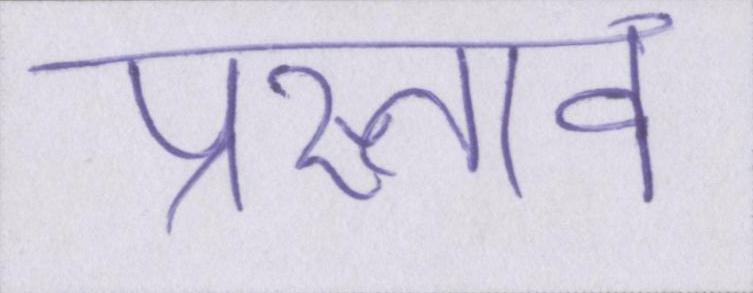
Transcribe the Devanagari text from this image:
प्रस्ताव